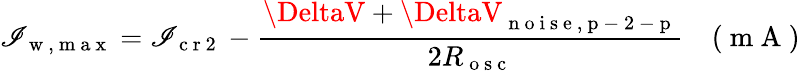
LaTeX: \mathscr{I}_{\mathrm{{~w~,~m~a~x~}}}=\mathscr{I}_{\mathrm{{~c~r~2~}}}-\frac{{\DeltaV+\DeltaV_{\mathrm{{~n~o~i~s~e~,~p~-~2~-~p~}}}}}{{2R_{\mathrm{{~o~s~c~}}}}}\quad(\mathrm{{~m~A~}})